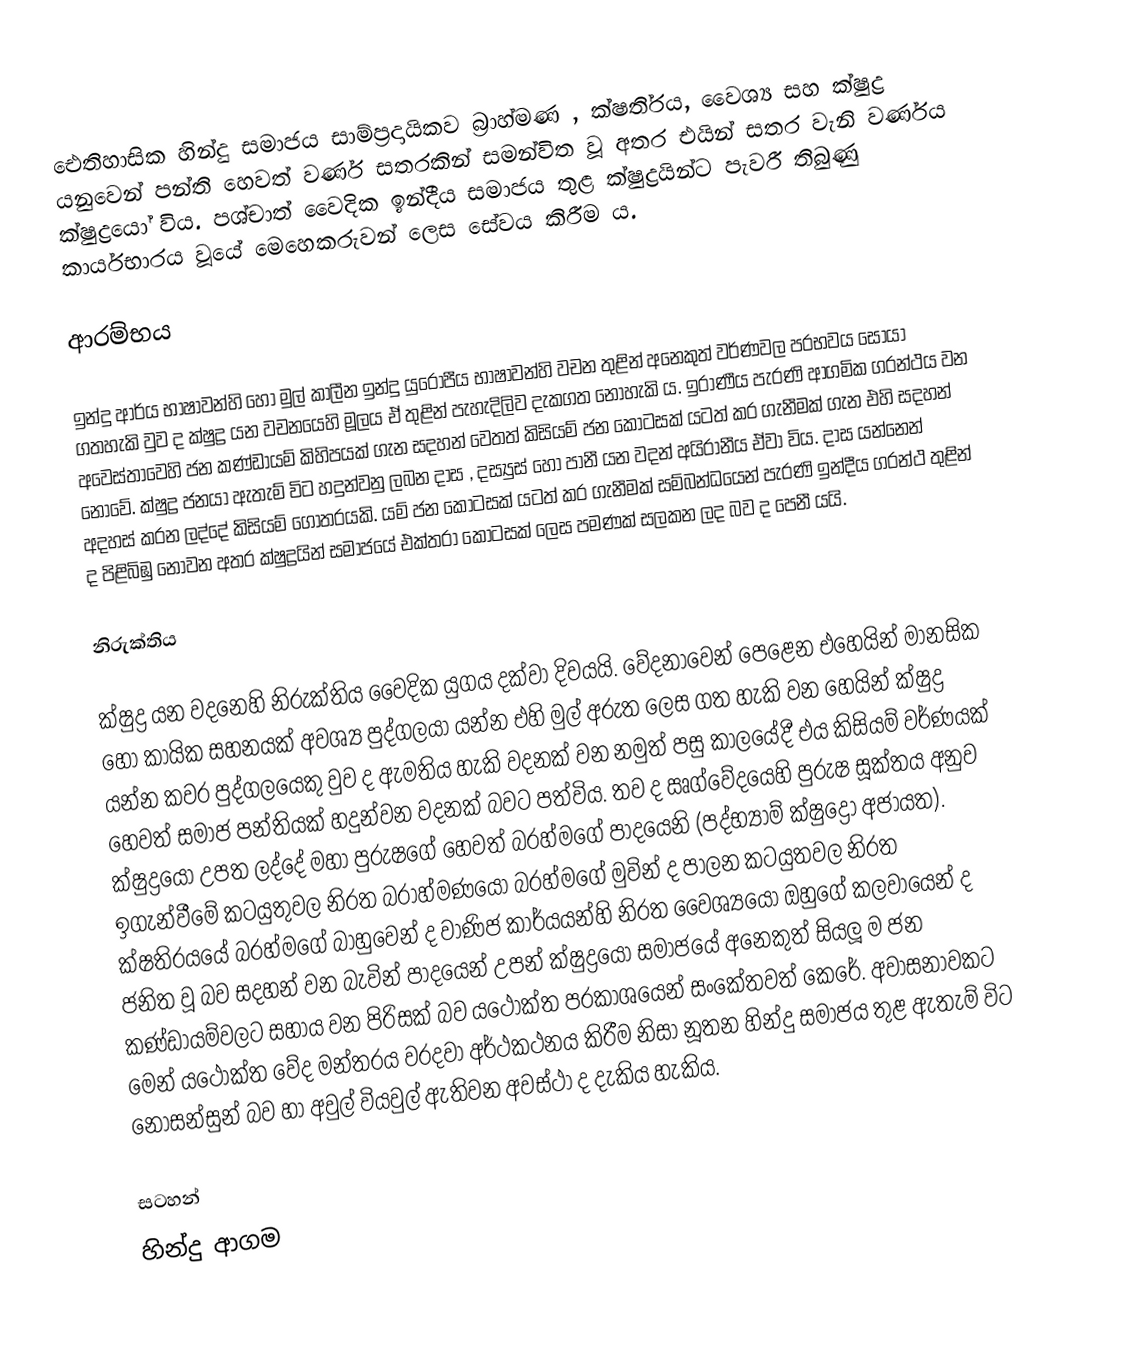
ඓතිහාසික හින්දු සමාජය සාම්ප‍්‍රදායිකව බ‍්‍රාහ්මණ , ක්ෂති‍්‍රය, වෛශ්‍ය සහ ක්ෂුද්‍ර යනුවෙන් පන්ති හෙවත් වර්ණ සතරකින් සමන්විත වූ අතර එයින් සතර වැනි වර්ණය ක්ෂුද්‍රයෝ විය. පශ්චාත් වෛදික ඉන්දීය සමාජය තුළ ක්ෂුද්‍රයින්ට පැවරී තිබුණු කාර්යභාරය වූයේ මෙහෙකරුවන් ලෙස සේවය කිරීම ය.

ආරම්භය

ඉන්දු ආර්ය භාෂාවන්හි හෝ මුල් කාලීන ඉන්දු යුරෝපීය භාෂාවන්හි වචන තුළින් අනෙකුත් වර්ණවල ප‍්‍රභවය සොයා ගතහැකි වුව ද ක්ෂුද්‍ර යන වචනයෙහි මූලය ඒ තුළින් පැහැදිලිව දැකගත නොහැකි ය. ඉරාණීය පැරණි ආගමික ග‍්‍රන්ථය වන අවෙස්තාවෙහි ජන කණ්ඩායම් කිහිපයක් ගැන සදහන් වෙතත් කිසියම් ජන කොටසක් යටත් කර ගැනීමක් ගැන එහි සදහන් නොවේ. ක්ෂුද්‍ර ජනයා ඇතැම් විට හදුන්වනු ලබන දාස , දස්‍යුස් හෝ පානී යන වදන් අයිරානීය ඒවා විය. දාස යන්නෙන් අදහස් කරන ලද්දේ කිසියම් ගෝත‍්‍රයකි. යම් ජන කොටසක් යටත් කර ගැනීමක් සම්බන්ධයෙන් පැරණි ඉන්දීය ග‍්‍රන්ථ තුළින් ද පිළිබිඹු නොවන අතර ක්ෂුද්‍රයින්  සමාජයේ එක්තරා කොටසක් ලෙස පමණක් සලකන ලද බව ද පෙනී යයි.

නිරුක්තිය

ක්ෂුද්‍ර යන වදනෙහි නිරුක්තිය වෛදික යුගය දක්වා දිවයයි. වේදනාවෙන් පෙළෙන එහෙයින් මානසික හෝ කායික සහනයක් අවශ්‍ය පුද්ගලයා යන්න එහි මුල් අරුත ලෙස ගත හැකි වන හෙයින් ක්ෂුද්‍ර යන්න කවර පුද්ගලයෙකු වුව ද ඇමතිය හැකි වදනක් වන නමුත් පසු කාලයේදී එය කිසියම් වර්ණයක් හෙවත් සමාජ පන්තියක් හදුන්වන වදනක් බවට පත්විය. තව ද ඍග්වේදයෙහි පුරුෂ සූක්තය අනුව ක්ෂුද්‍රයෝ උපත ලද්දේ මහා පුරුෂගේ හෙවත් බ‍්‍රහ්මගේ පාදයෙනි (පද්භ්‍යාම් ක්ෂුද්‍රෝ අජායත). ඉගැන්වීමේ කටයුතුවල නිරත බ‍්‍රාහ්මණයෝ බ‍්‍රහ්මගේ මුවින් ද පාලන කටයුතවල නිරත ක්ෂති‍්‍රයයේ බ‍්‍රහ්මගේ බාහුවෙන් ද වාණිජ කාර්යයන්හි නිරත වෛශ්‍යයෝ ඔහුගේ කලවායෙන් ද ජනිත වූ බව සදහන් වන බැවින් පාදයෙන් උපන් ක්ෂුද්‍රයෝ සමාජයේ අනෙකුත් සියලූ ම ජන කණ්ඩායම්වලට සහාය වන පිරිසක් බව යථෝක්ත ප‍්‍රකාශයෙන් සංකේතවත් කෙරේ. අවාසනාවකට මෙන් යථෝක්ත වේද මන්ත‍්‍රය වරදවා අර්ථකථනය කිරීම නිසා නූතන හින්දු සමාජය තුළ ඇතැම් විට නොසන්සුන් බව හා අවුල් වියවුල් ඇතිවන අවස්ථා ද දැකිය හැකිය.

සටහන්
හින්දු ආගම